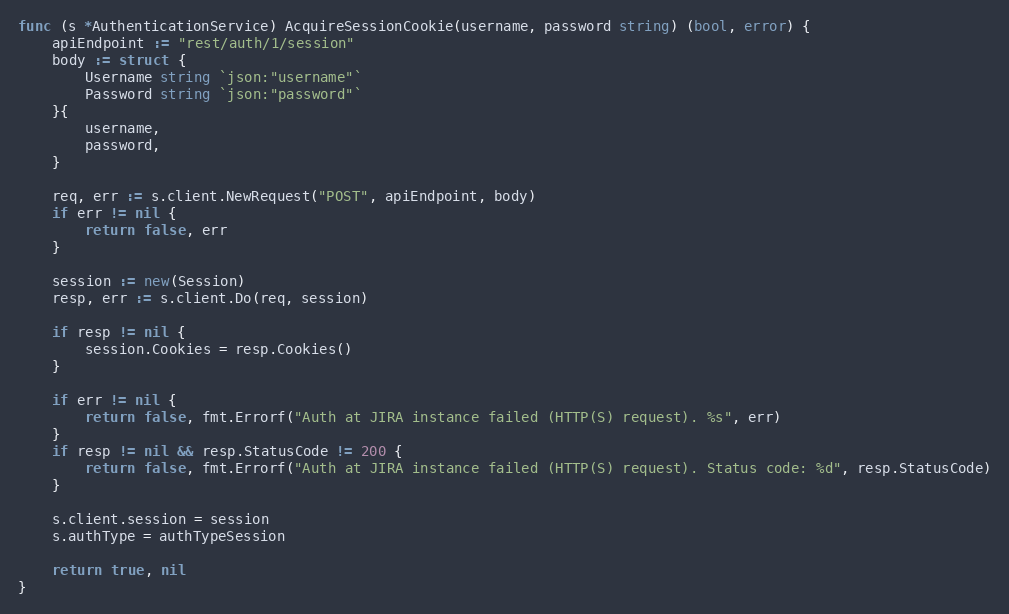
Language: Go
func (s *AuthenticationService) AcquireSessionCookie(username, password string) (bool, error) {
	apiEndpoint := "rest/auth/1/session"
	body := struct {
		Username string `json:"username"`
		Password string `json:"password"`
	}{
		username,
		password,
	}

	req, err := s.client.NewRequest("POST", apiEndpoint, body)
	if err != nil {
		return false, err
	}

	session := new(Session)
	resp, err := s.client.Do(req, session)

	if resp != nil {
		session.Cookies = resp.Cookies()
	}

	if err != nil {
		return false, fmt.Errorf("Auth at JIRA instance failed (HTTP(S) request). %s", err)
	}
	if resp != nil && resp.StatusCode != 200 {
		return false, fmt.Errorf("Auth at JIRA instance failed (HTTP(S) request). Status code: %d", resp.StatusCode)
	}

	s.client.session = session
	s.authType = authTypeSession

	return true, nil
}